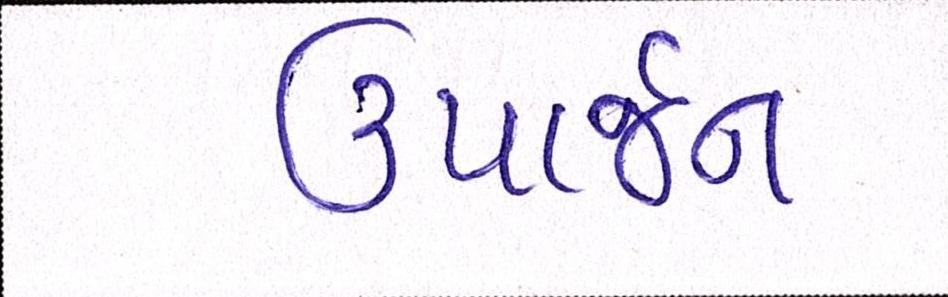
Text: ઉપાર્જન